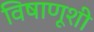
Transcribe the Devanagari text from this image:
विषाणूशी